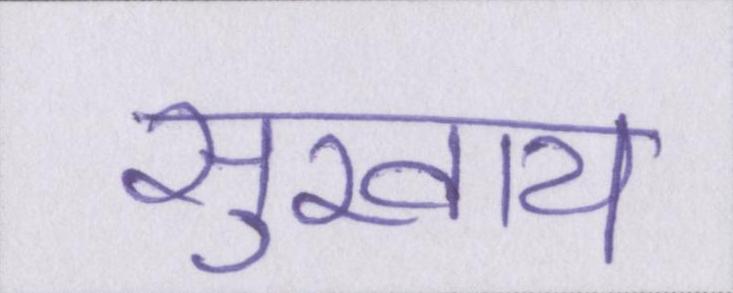
सुखाय